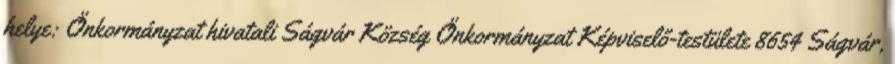
helye: Önkormányzat hivatali Ságvár Község Önkormányzat Képviselő-testülete 8654 Ságvár,